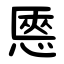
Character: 㥦